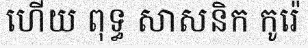
ហើយ ពុទ្ធ សាសនិក កូរ៉េ